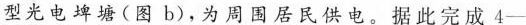
型光电埤塘(图b)，为周围居民供电。据此完成4-